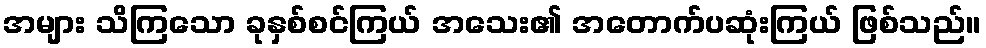
အများ သိကြသော ခုနှစ်စင်ကြယ် အသေး၏ အတောက်ပဆုံးကြယ် ဖြစ်သည်။